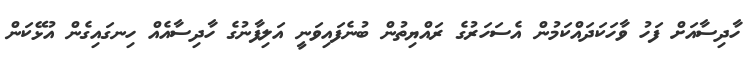
ހާދިސާއަށް ފަހު ވާހަކަދައްކަމުން އެސަހަރުގެ ރައްޔިތުން ބުނެފައިވަނީ އަލިފާނުގެ ހާދިސާއެއް ހިނގައިގެން އުޅޭކަން